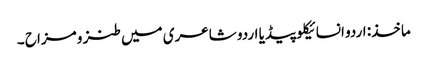
ماخذ: اردو انسائیکلو پیڈیا	اردو شاعری میں طنز و مزاح ۔